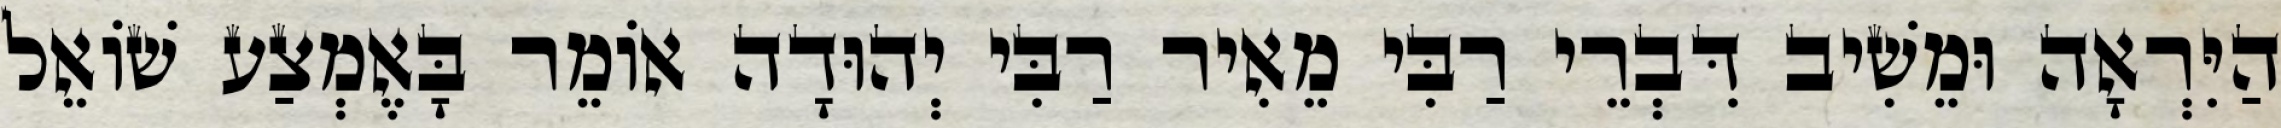
הַיִּרְאָה וּמֵשִׁיב דִּבְרֵי רַבִּי מֵאִיר רַבִּי יְהוּדָה אוֹמֵר בָּאֶמְצַע שׁוֹאֵל